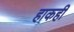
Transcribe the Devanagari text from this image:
हाकही